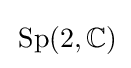
\,\operatorname {Sp} (2,\mathbb {C} )